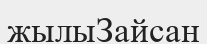
жылыЗайсан